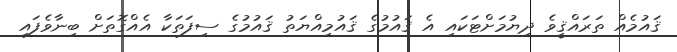
ޤައުމެއް ތަރައްޤީވެ ދިޔުމަށްޓަކައި އެ ޤައުމުގެ ޤައުމިއްޔަތު ޤައުމުގެ ސިފަތަކާ އެއްގޮތަށް ބިނާވެފައި